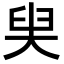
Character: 𡘩